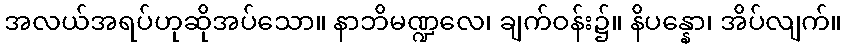
အလယ်အရပ်ဟုဆိုအပ်သော။ နာဘိမဏ္ဍလေ၊ ချက်ဝန်း၌။ နိပန္နော၊ အိပ်လျက်။